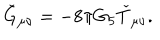
\check { G } _ { \mu \nu } = - 8 \pi G _ { 5 } \check { T } _ { \mu \nu } .